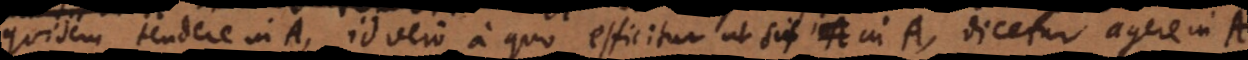
quidem tendere in A, id vero a quo efficitur ut sit in A, dicetur agere in A.